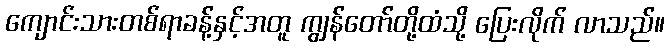
ကျောင်းသားတစ်ရာခန့်နှင့်အတူ ကျွန်တော်တို့ထံသို့ ပြေးလိုက် လာသည်။